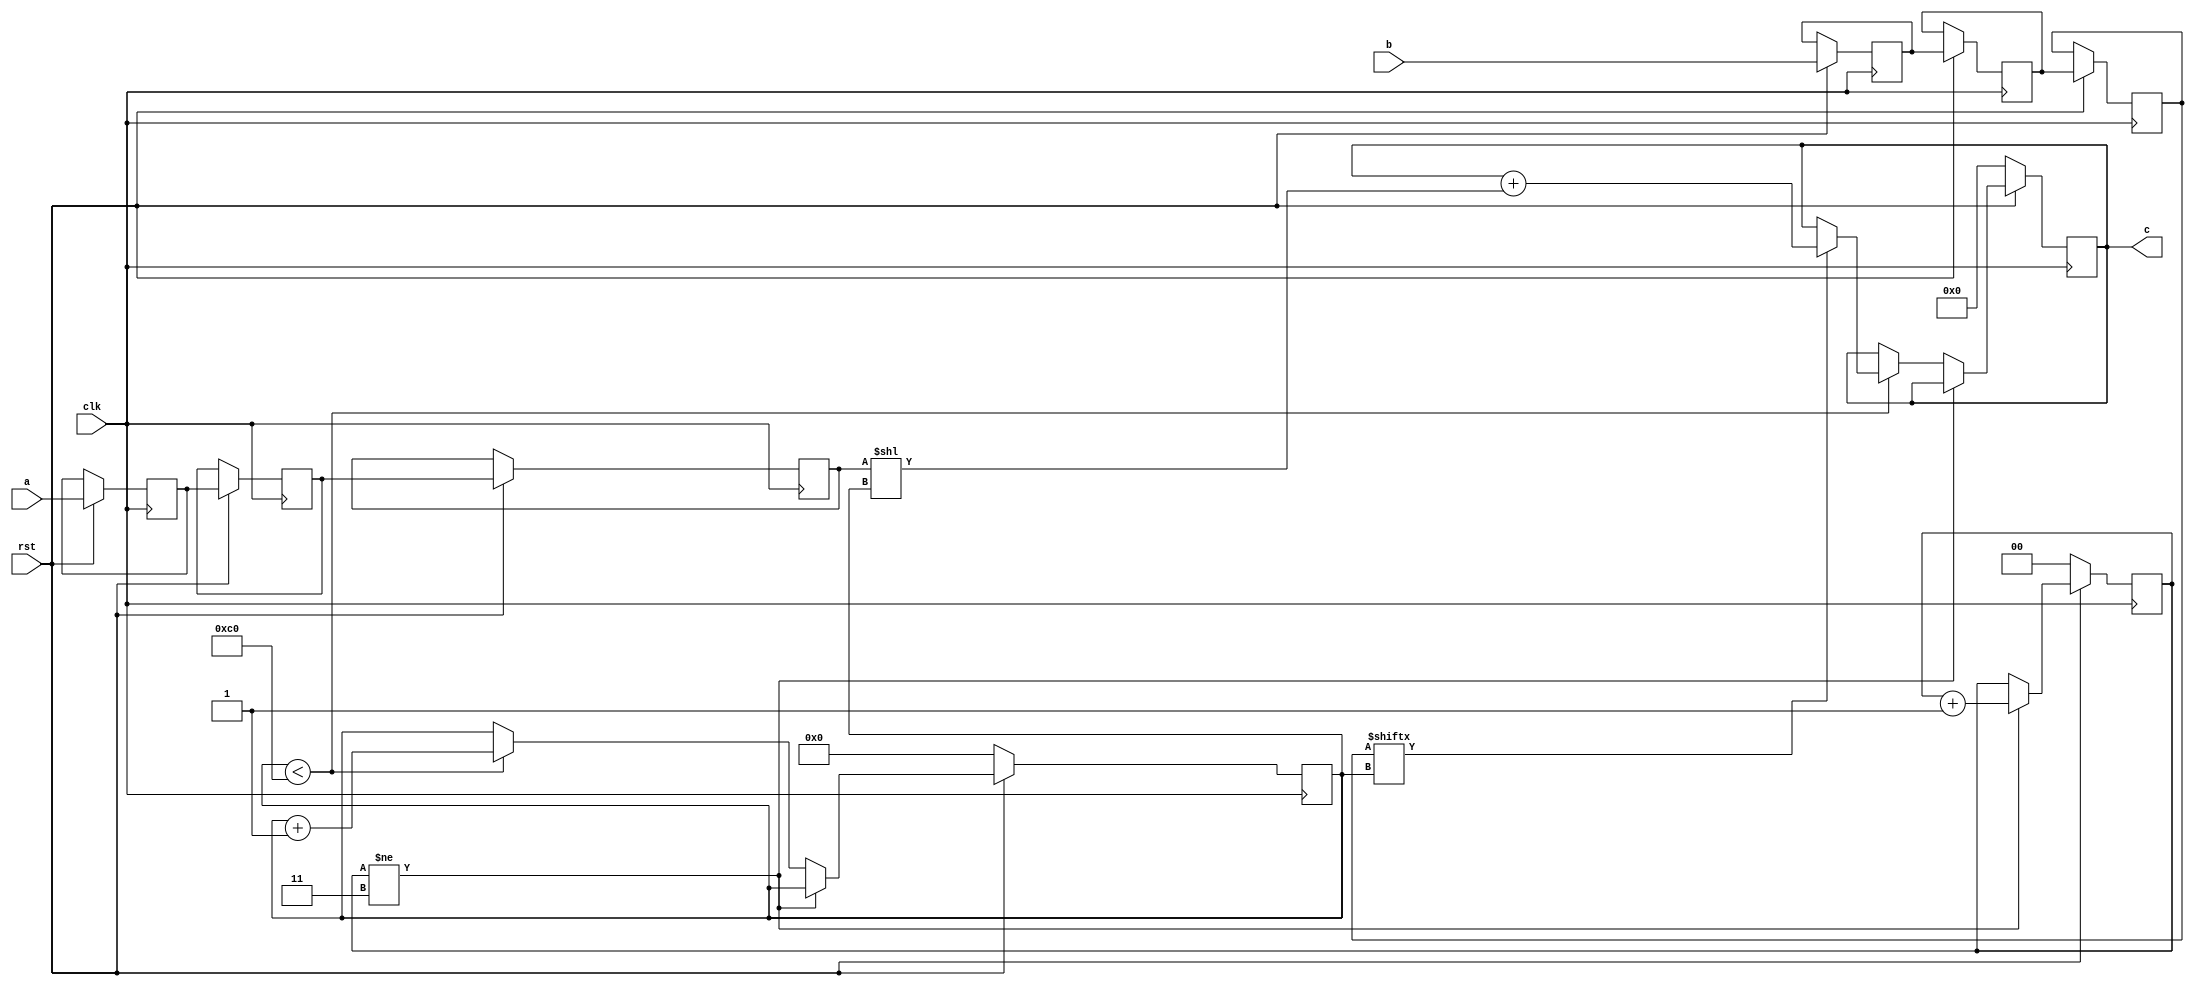
// TalTech large integer multiplier library
// Multiplier type: schoolbook
// Parameters: 192 192 4
// Target tool: genus
module schoolbook(clk, rst, a, b, c);
input clk;
input rst;
input [191:0] a;
input [191:0] b;
output reg [383:0] c;

reg [191:0] a_temp_3;
reg [191:0] b_temp_3;
reg [191:0] a_temp_2;
reg [191:0] b_temp_2;
reg [191:0] a_temp_1;
reg [191:0] b_temp_1;

reg  [7:0] count;
reg  [1:0] skip;

always @(posedge clk) begin
	if (rst == 1'b0) begin
		c <= 384'd0;
		count <= 8'd0;
		skip <= 2'd0;
	end
	else begin
		a_temp_1 <= a;
		b_temp_1 <= b;
		a_temp_2 <= a_temp_1;
		b_temp_2 <= b_temp_1;
		a_temp_3 <= a_temp_2;
		b_temp_3 <= b_temp_2;
		if (skip != 3) skip <= skip + 1;
		else begin
			if (count < 192) begin
				if (b_temp_3[count] == 1) begin
					c <= c + (a_temp_3 << count);
				end
				count <= count + 1;
			end
		end
	end
end
endmodule